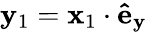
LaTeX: \mathbf{y}_{1}=\mathbf{{x}}_{1}\cdot\mathbf{{\hat{{e}}}}_{\mathbf{y}}